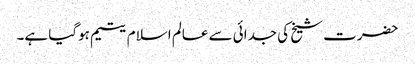
حضرت شیخ کی جدائی سے عالم اسلام یتیم ہوگیا ہے۔